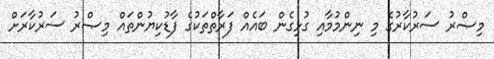
މިޞްރު ސަރުކާރުގެ މި ނިންމުމާއި ގުޅިގެން ބައެއް ފަރާތްތަކުގެ ފާޑުކިޔުންތައް މިޞްރު ސަރުކާރަށް